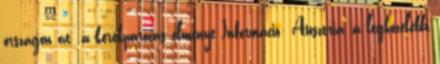
országon át .a kerékpározás élménye Információ: Ausztria, a legközelebbi